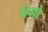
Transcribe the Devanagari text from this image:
पेगो